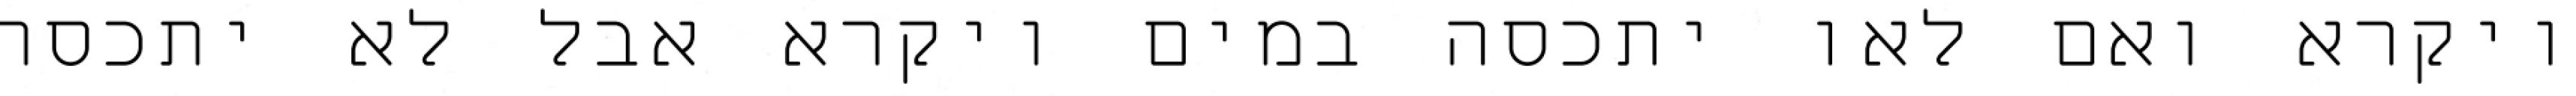
ויקרא ואם לאו יתכסה במים ויקרא אבל לא יתכסה